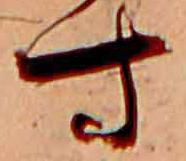
す